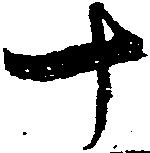
十